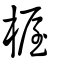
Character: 楃